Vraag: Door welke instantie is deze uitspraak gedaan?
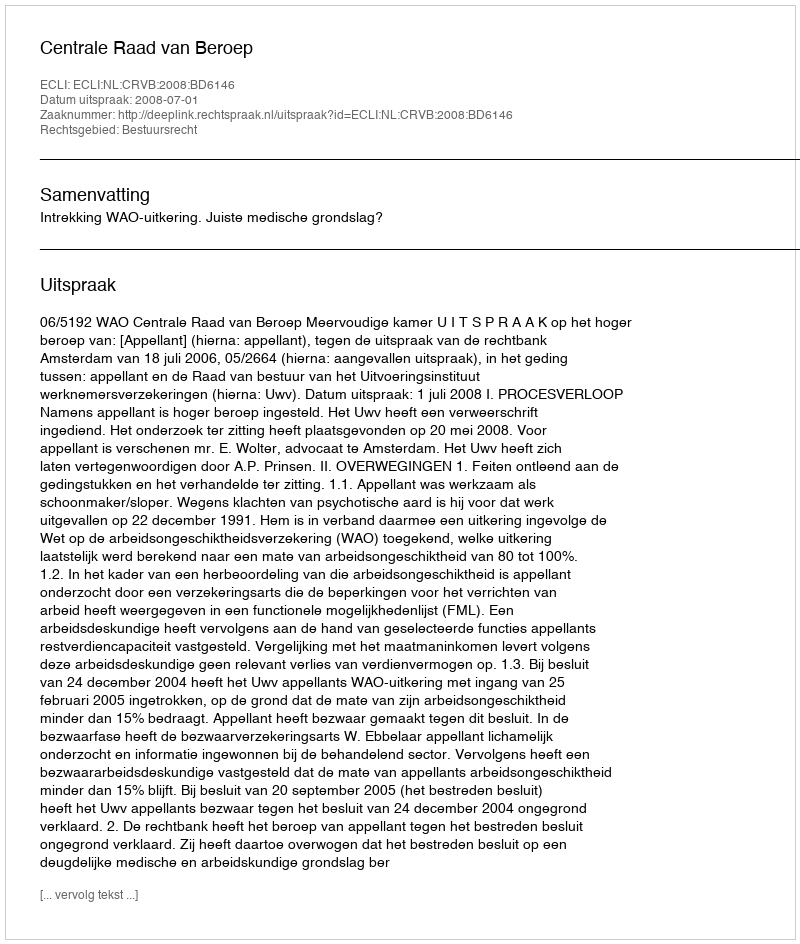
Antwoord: Centrale Raad van Beroep